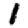
Digit: 1